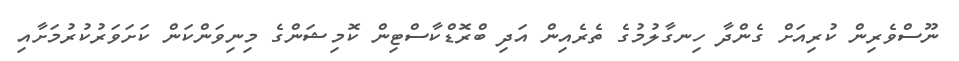
ނޫސްވެރިން ކުރިއަށް ގެންދާ ހިނގާލުމުގެ ތެރެއިން އަދި ބްރޮޑްކާސްޓިން ކޮމިޝަންގެ މިނިވަންކަން ކަށަވަރުކުރުމަށާއި